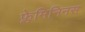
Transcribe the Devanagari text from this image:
फ्लेमिनिनस